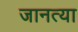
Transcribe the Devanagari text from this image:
जानत्या